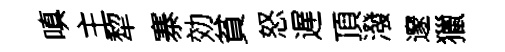
嗔主犂寨効貧怒遅頂潑邃獵